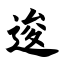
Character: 逡